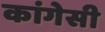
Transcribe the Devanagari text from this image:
कांगेसी